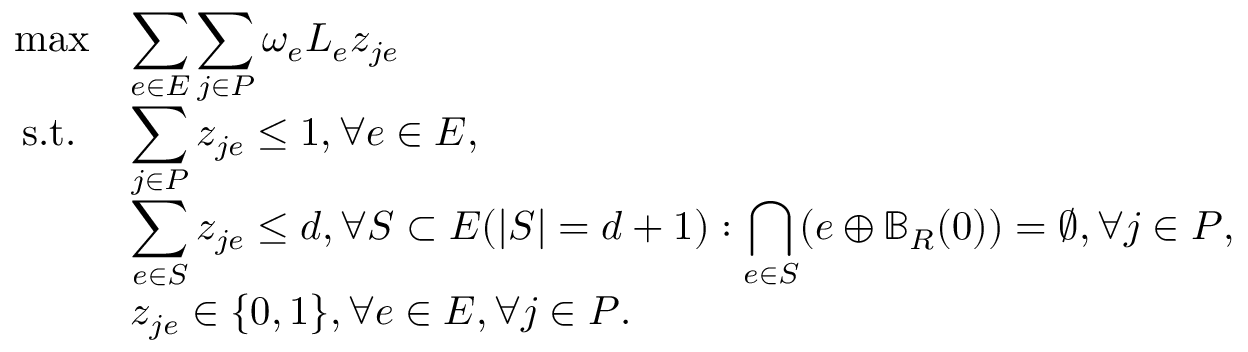
\begin{array} { r l } { \operatorname* { m a x } } & { \displaystyle \sum _ { e \in E } \displaystyle \sum _ { j \in P } \omega _ { e } L _ { e } z _ { j e } } \\ { \mathrm { s . t . ~ } } & { \displaystyle \sum _ { j \in P } z _ { j e } \leq 1 , \forall e \in E , } \\ & { \displaystyle \sum _ { e \in S } z _ { j e } \leq d , \forall S \subset E ( | S | = d + 1 ) : \bigcap _ { e \in S } ( e \oplus \mathbb { B } _ { R } ( 0 ) ) = \emptyset , \forall j \in P , } \\ & { z _ { j e } \in \{ 0 , 1 \} , \forall e \in E , \forall j \in P . } \end{array}